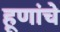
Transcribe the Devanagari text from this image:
हूणांचे